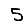
Digit: 5